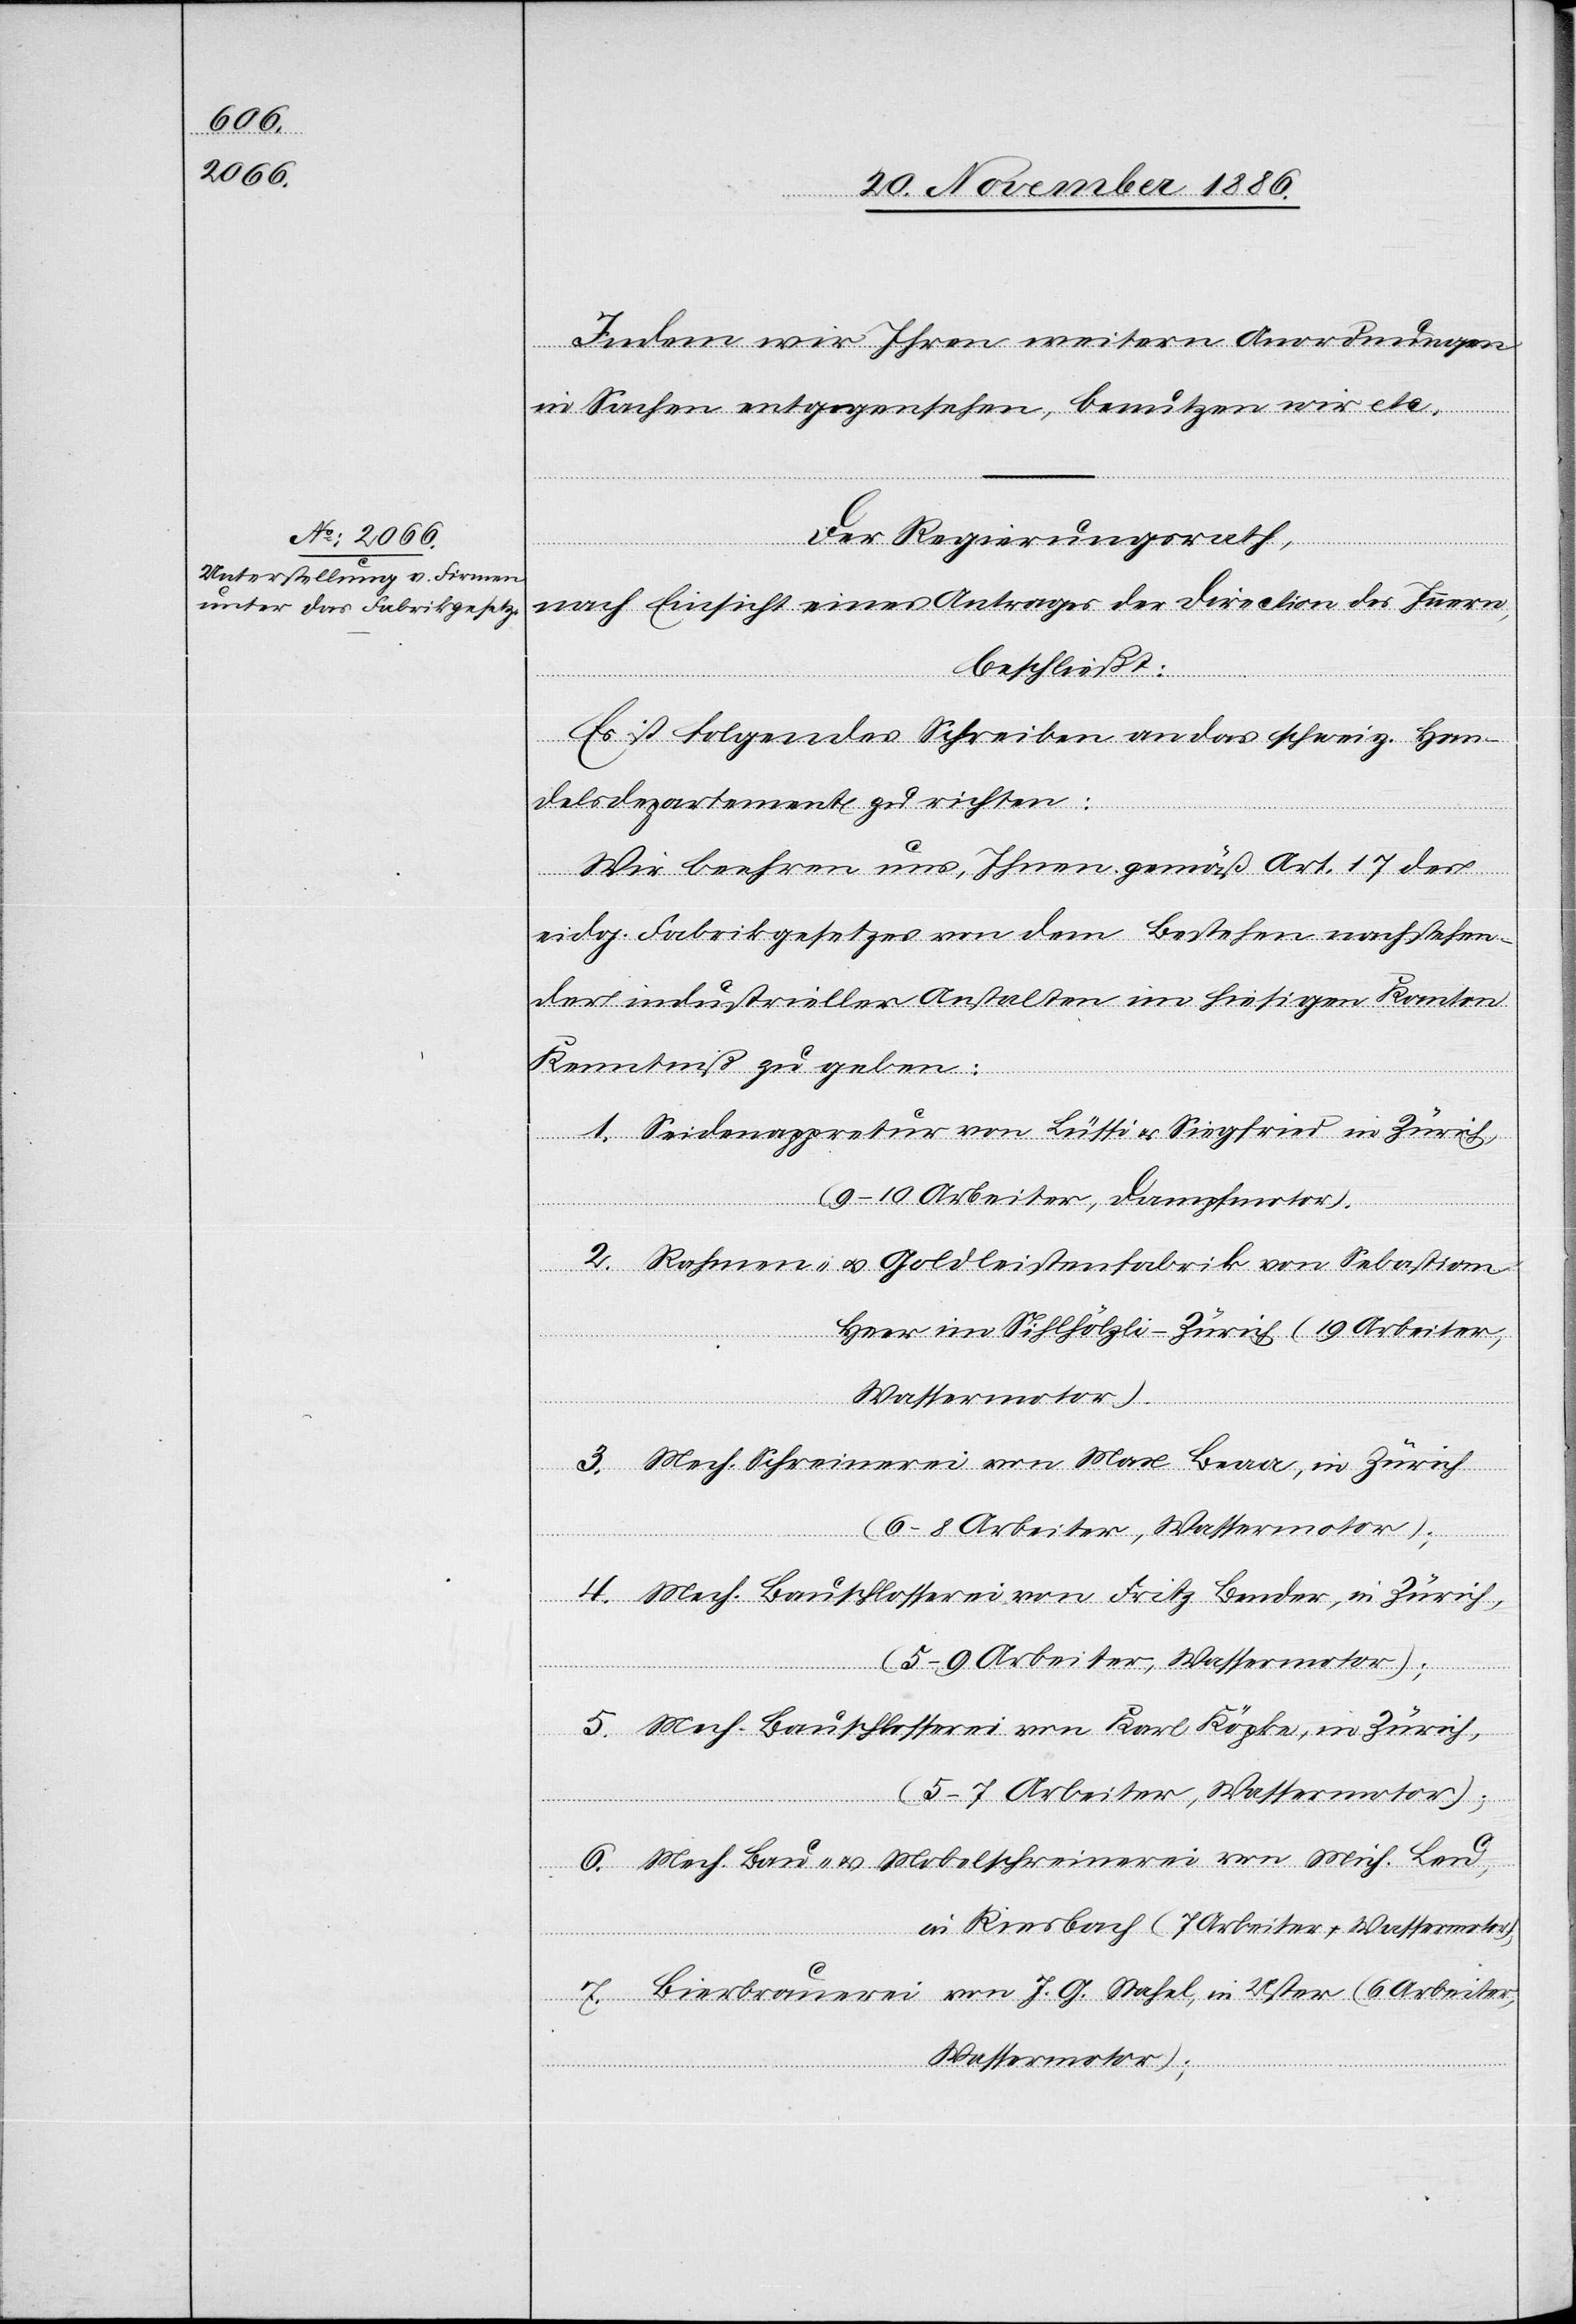
Indem wir Ihren weitern Anordnungen
in Sachen entgegensehen, benutzen wir etc.“
Der Regierungsrath,
nach Einsicht eines Antrages der Direction des Innern,
beschließt:
Es ist folgendes Schreiben an das schweiz. Han¬
delsdepartement zu richten:
Wir beehren uns, Ihnen gemäß Art. 17 des
eidg. Fabrikgesetzes von dem Bestehen nachstehen¬
der industrieller Anstalten im hiesigen Kanton
Kenntniß zu geben:
1. Seidenappretur von Lüssi & Siegfried in Zürich,
(9–10 Arbeiter, Dampfmotor).
2. Rahmen- & Goldleistenfabrik von Sebastian
Heer im Sihlhölzli - Zürich (19 Arbeiter,
Wassermotor);
3. Mech. Schreinerei von Max Beaa [sic!], in Zürich
4. Mech. Bauschlosserei von Fritz Bender, in Zürich,
(5–9 Arbeiter, Wassermotor);
5. Mech. Bauschlosserei von Karl Köpke, in Zürich,
(5–7 Arbeiter, Wassermotor);
6. Mech. Bau- & Mobelschreinerei [sic!] von Mich. Leu,
in Riesbach (7 Arbeiter + Wassermotor),
7. Bierbrauerei von J. G. Stahel, in Uster (6 Arbeiter,